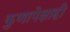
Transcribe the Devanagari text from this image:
कुणापेक्षाही